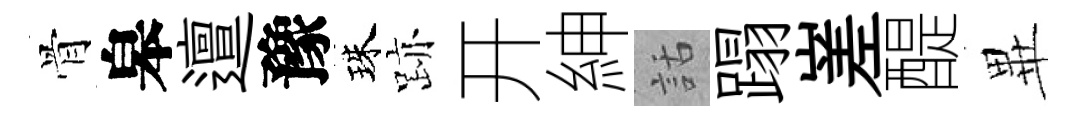
骨皋邅豫珠跡开紳話蹋嵳醍𭺾